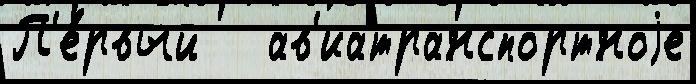
П'е́рвый   ав'иатранспортноjе